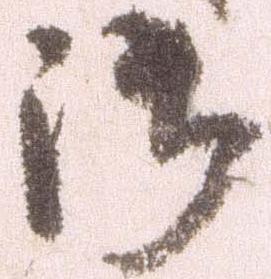
御